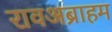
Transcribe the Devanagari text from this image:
रावअब्राहम